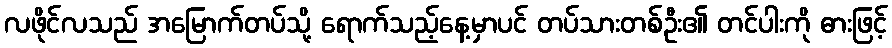
လဖိုင်လသည် အမြောက်တပ်သို့ ရောက်သည့်နေ့မှာပင် တပ်သားတစ်ဦး၏ တင်ပါးကို ဓားဖြင့်